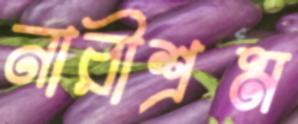
নারীশ্রম